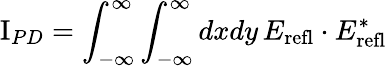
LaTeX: \mathrm{I}_{PD}=\int_{-\infty}^{\infty}\int_{-\infty}^{\infty}dxdy\, E_{\mathrm{refl}}\cdot E_{\mathrm{refl}}^{*}